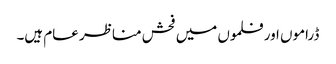
ڈراموں اور فلموں میں فحش مناظر عام ہیں۔